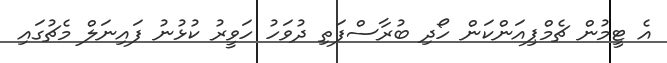
އެ ޓީމުން ޗެމްޕިއަންކަން ހޯދި ބުރާސްފަތި ދުވަހު ހަވީރު ކުޅުނު ފައިނަލް މެޗުގައި